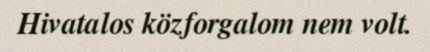
Hivatalos közforgalom nem volt.